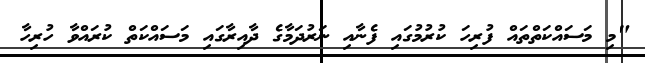
"މި މަސައްކަތްތައް ފުރިހަ ކުރުމުގައި ފެނާއި ނަރުދަމާގެ ދާއިރާގައި މަސައްކަތް ކުރައްވާ ހުރިހާ